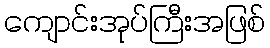
ကျောင်းအုပ်ကြီးအဖြစ်